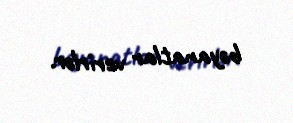
bəyanatlar verirlər.